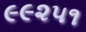
૯૯૨૫૧